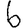
Digit: 6